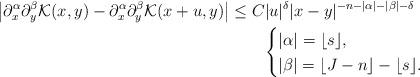
LaTeX: \begin{align*}\left|\partial_x^\alpha\partial_y^\beta \mathcal K(x,y)-\partial_x^\alpha\partial_y^\beta \mathcal K(x+u,y)\right| &\leq C|u|^\delta|x-y|^{-n-|\alpha|-|\beta|-\delta} \\&\quad\quad\begin{cases}|\alpha|=\lfloor s\rfloor,\\|\beta|=\lfloor J-n\rfloor-\lfloor s\rfloor.\end{cases}\end{align*}